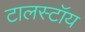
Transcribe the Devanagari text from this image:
टालस्टॉय